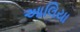
આલિયા